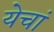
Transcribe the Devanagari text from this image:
येचां